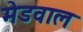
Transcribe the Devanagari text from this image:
मेडवाल